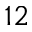
^ { 1 2 }